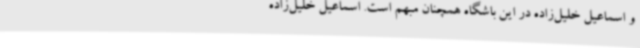
و اسماعیل خلیل‌زاده در این باشگاه همچنان مبهم است. اسماعیل خلیل‌زاده